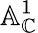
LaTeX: \mathbb{A}_{\mathbb{C}}^{1}